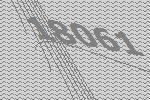
18061